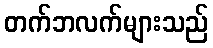
တက်ဘလက်များသည်